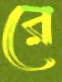
রে